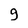
Character: g